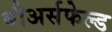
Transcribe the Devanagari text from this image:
बौअर्सफेल्ड